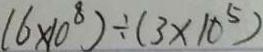
( 6 \times 1 0 ^ { 8 } ) \div ( 3 \times 1 0 ^ { 5 } )